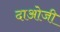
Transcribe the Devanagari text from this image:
दाओजी